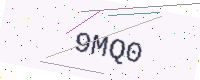
Text: 9MQ0